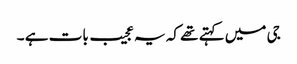
جی میں کہتے تھے کہ یہ عجیب بات ہے ۔